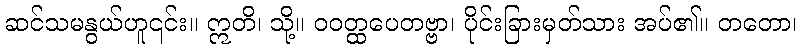
ဆင်သမနွယ်ဟူ၎င်း။ ဣတိ၊ သို့။ ဝဝတ္ထပေတဗ္ဗာ၊ ပိုင်းခြားမှတ်သား အပ်၏။ တတော၊